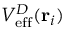
V _ { \mathrm { e f f } } ^ { D } ( { \bf r } _ { i } )